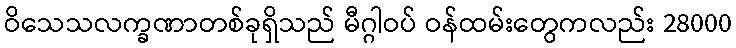
ဝိသေသလက္ခဏာတစ်ခုရှိသည် မီဂ္ဂါဝပ် ဝန်ထမ်းတွေကလည်း 28000